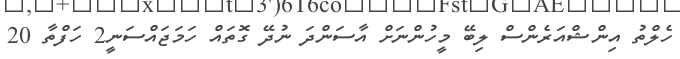
ހެލްތު އިންޝްއަރެންސް ލިބޭ މީހުންނަށް އާސަންދަ ނުދޭ ގޮތައް ހަމަޖައްސަނީ2 ހަފްތާ 20